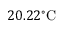
2 0 . 2 2 ^ { \circ } \mathrm { C }